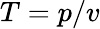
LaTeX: T=p/v